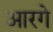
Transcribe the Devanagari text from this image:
आरगे